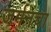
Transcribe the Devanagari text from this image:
जर्मनचा